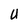
Character: U